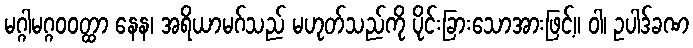
မဂ္ဂါမဂ္ဂဝဝတ္ထာ နေန၊ အရိယာမဂ်သည် မဟုတ်သည်ကို ပိုင်းခြားသောအားဖြင့်။ ဝါ၊ ဥပါဒ်ခဏ